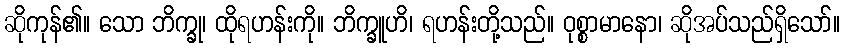
ဆိုကုန်၏။ သော ဘိက္ခု၊ ထိုရဟန်းကို။ ဘိက္ခူဟိ၊ ရဟန်းတို့သည်။ ဝုစ္စာမာနော၊ ဆိုအပ်သည်ရှိသော်။